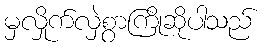
မှလှိုက်လှဲစွာကြိုဆိုပါသည်